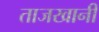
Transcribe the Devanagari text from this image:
ताजखानी